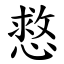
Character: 慦